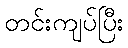
တင်းကျပ်ပြီး